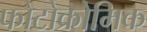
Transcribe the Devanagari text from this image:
फोटोक्रोमिक